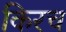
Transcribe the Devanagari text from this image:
किरच